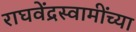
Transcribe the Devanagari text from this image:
राघवेंद्रस्वामींच्या